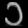
Digit: ၁